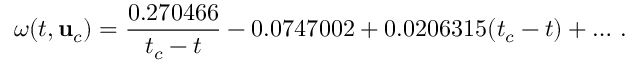
\omega ( t , { \mathbf { u } } _ { c } ) = \frac { 0 . 2 7 0 4 6 6 } { t _ { c } - t } - 0 . 0 7 4 7 0 0 2 + 0 . 0 2 0 6 3 1 5 ( t _ { c } - t ) + \dots \, .